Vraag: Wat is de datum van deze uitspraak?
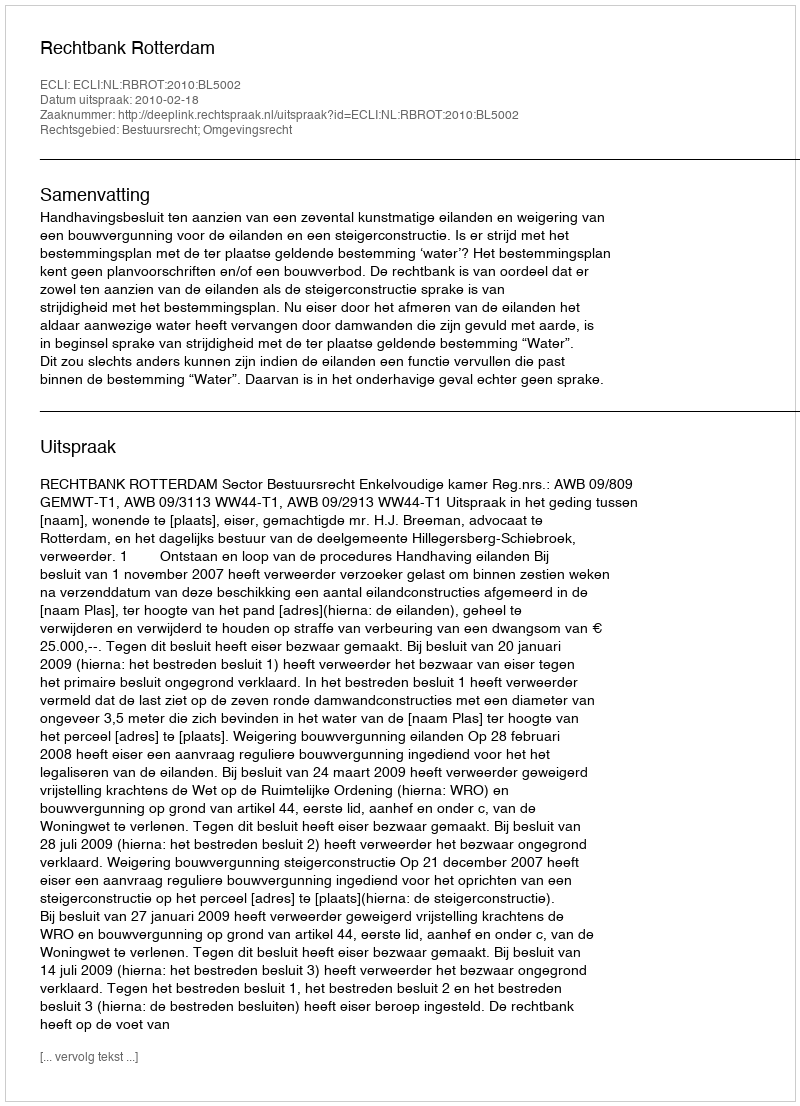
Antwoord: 2010-02-18